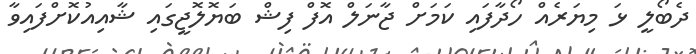
ދެބޯލީ ޅަ މިޔަރެއް ހޯދާފައި ކަމަށް ޖާނަލް އޮފް ފިޝް ބަޔޮލޮޖީގައި ޝާއިއުކޮށްފައިވާ